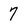
Character: 7